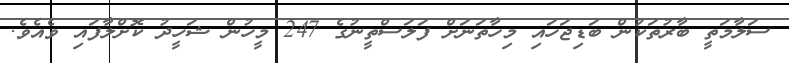
ސަލާމަތީ ބާރުތަކުން ބަޑިޖަހައި މިހާތަނަށް ފަލަސްތީނުގެ 247 މީހުން ޝަހީދު ކޮށްލާފައި ވެއެވެ.